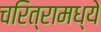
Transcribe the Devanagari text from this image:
चरित्रामध्ये